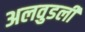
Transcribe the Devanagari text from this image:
अलवुडली